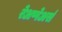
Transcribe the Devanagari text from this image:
रेअप्पेअर्स